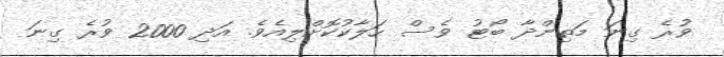
ވުރެ ގިނަ މަތިންދާ ބޯޓު ވެސް ހަލާކުކޮށްލިއެވެ. އަދި 2000 ވުރެ ގިނަ